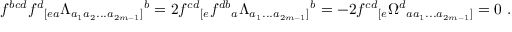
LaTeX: f ^ { b c d } f ^ { d } { } _ { [ e a } \Lambda _ { a _ { 1 } a _ { 2 } . . . a _ { 2 m - 1 } ] } { } ^ { b } = 2 f ^ { c d } { } _ { [ e } f ^ { d b } { } _ { a } \Lambda _ { a _ { 1 } . . . a _ { 2 m - 1 } ] } { } ^ { b } = - 2 f ^ { c d } { } _ { [ e } \Omega ^ { d } { } _ { a a _ { 1 } . . . a _ { 2 m - 1 } ] } = 0 \ .